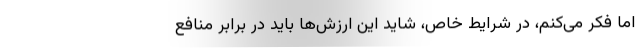
اما فکر می‌کنم، در شرایط خاص، شاید این ارزش‌ها باید در برابر منافع